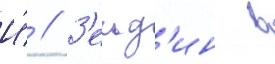
И́ // З'ельд'ин в